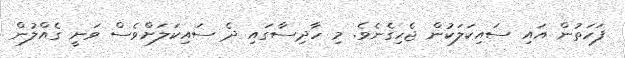
ފަހަތުން އައި ސައިކަލަކުން ޖެހިގެނެވެ. މި ހާދިސާގައި ދެ ސައިކަލަށްވެސް ވަނީ ގެއްލުން